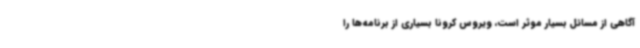
آگاهی از مسائل بسیار موثر است، ویروس کرونا بسیاری از برنامه‌ها را